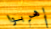
إهربوا